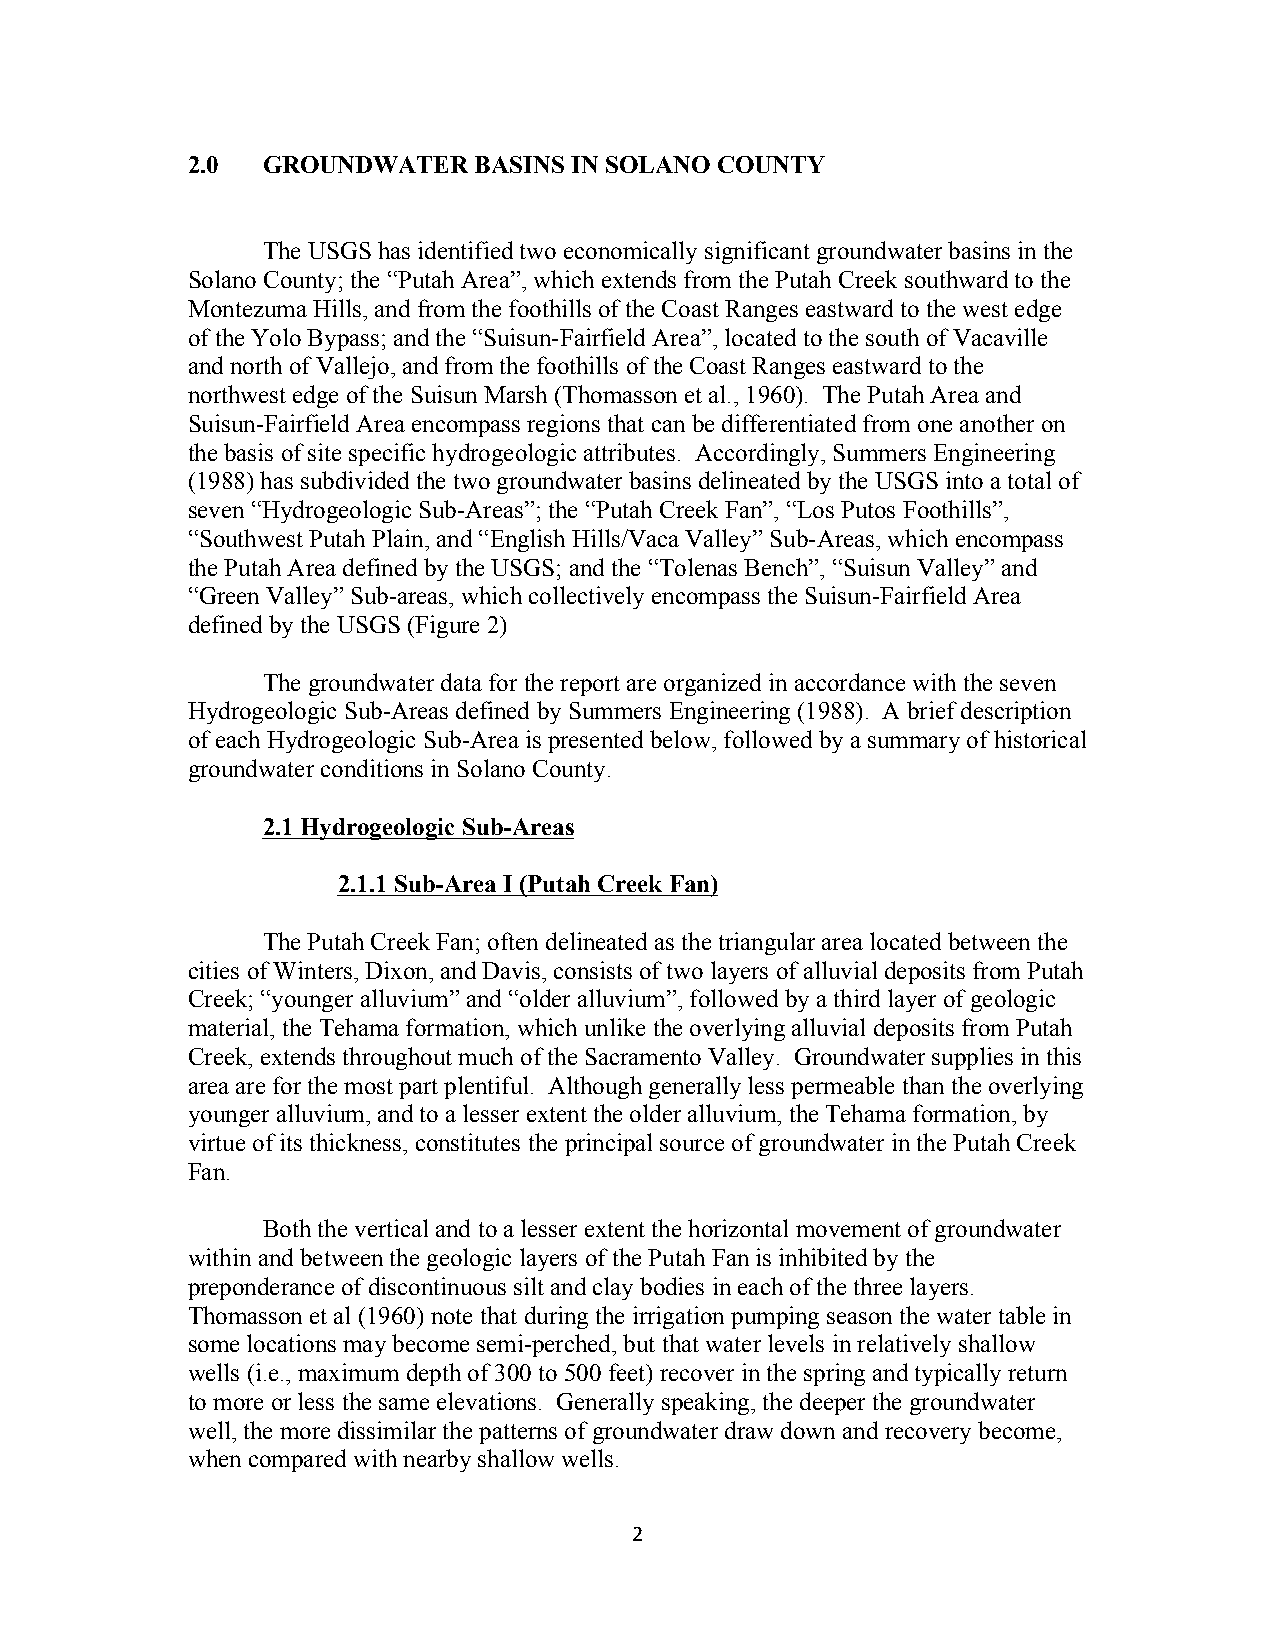
2.0  GROUNDWATER   BASINS IN SOLANO COUNTY
 The USGS has identified two economically significant groundwater basins in the
 Solano County; the “Putah Area”, which extends from the Putah Creek southward to the
 Montezuma Hills, and from the foothills of the Coast Ranges eastward to the west edge
 of the Yolo Bypass; and the “Suisun-Fairfield Area”, located to the south of Vacaville
 and north of Vallejo, and from the foothills of the Coast Ranges eastward to the
 northwest edge of the Suisun Marsh (Thomasson et al., 1960). The Putah Area and
 Suisun-Fairfield Area encompass regions that can be differentiated from one another on
 the basis of site specific hydrogeologic attributes. Accordingly, Summers Engineering
 (1988) has subdivided the two groundwater basins delineated by the USGS into a total of
 seven “Hydrogeologic Sub-Areas”; the “Putah Creek Fan”, “Los Putos Foothills”,
 “Southwest Putah Plain, and “English Hills/Vaca Valley” Sub-Areas, which encompass
 the Putah Area defined by the USGS; and the “Tolenas Bench”, “Suisun Valley” and
 “Green Valley” Sub-areas, which collectively encompass the Suisun-Fairfield Area
 defined by the USGS (Figure 2)
 The groundwater data for the report are organized in accordance with the seven
 Hydrogeologic Sub-Areas defined by Summers Engineering (1988). A brief description
 of each Hydrogeologic Sub-Area is presented below, followed by a summary of historical
 groundwater conditions in Solano County.
 2.1 Hydrogeologic Sub-Areas
 2.1.1 Sub-Area I (Putah Creek Fan)
 The Putah Creek Fan; often delineated as the triangular area located between the
 cities of Winters, Dixon, and Davis, consists of two layers of alluvial deposits from Putah
 Creek; “younger alluvium” and “older alluvium”, followed by a third layer of geologic
 material, the Tehama formation, which unlike the overlying alluvial deposits from Putah
 Creek, extends throughout much of the Sacramento Valley. Groundwater supplies in this
 area are for the most part plentiful. Although generally less permeable than the overlying
 younger alluvium, and to a lesser extent the older alluvium, the Tehama formation, by
 virtue of its thickness, constitutes the principal source of groundwater in the Putah Creek
 Fan.
 Both the vertical and to a lesser extent the horizontal movement of groundwater
 within and between the geologic layers of the Putah Fan is inhibited by the
 preponderance of discontinuous silt and clay bodies in each of the three layers.
 Thomasson et al (1960) note that during the irrigation pumping season the water table in
 some locations may become semi-perched, but that water levels in relatively shallow
 wells (i.e., maximum depth of 300 to 500 feet) recover in the spring and typically return
 to more or less the same elevations. Generally speaking, the deeper the groundwater
 well, the more dissimilar the patterns of groundwater draw down and recovery become,
 when compared with nearby shallow wells.
 2